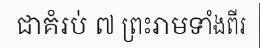
ជាគំរប់ ៧ ព្រះរាមទាំងពីរ